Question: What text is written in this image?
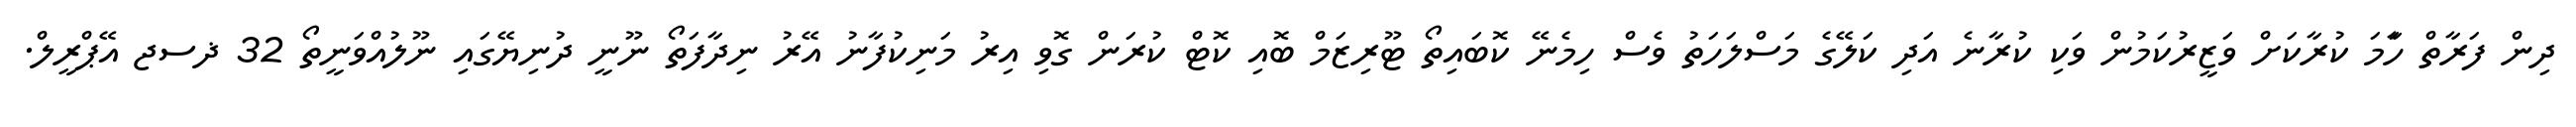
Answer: ދިން ފަރާތް ހަާމަ ކުރާކަށް ވަޒީރުކަމުން ވަކި ކުރާނެ އަދި ކަލޭގެ މަސްލަހަތު ވެސް ހިމެނޭ ކޮބައިތޯ ޓޫރިޒަމް ބޮއި ކޮޓް ކުރަން ގޮވި އިރު މަނިކުފާނު އޭރު ނިދާފަތޯ ނޫނީ ދުނިޔޭގައި ނޫލުއްވަނީތޯ 32 ޛސޖ އޭޕްރީލް.